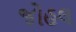
જોહલ